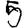
Digit: 5